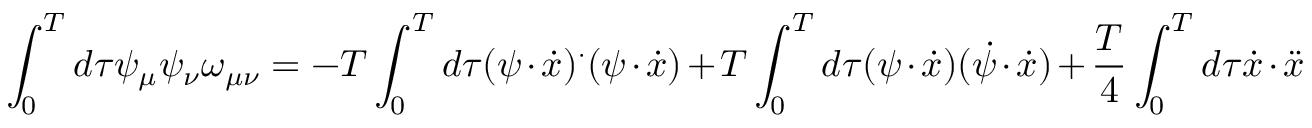
\int _ { 0 } ^ { T } d \tau \psi _ { \mu } \psi _ { \nu } \omega _ { \mu \nu } = - T \int _ { 0 } ^ { T } d \tau ( \psi \cdot \dot { x } ) ^ { \cdot } ( \psi \cdot \dot { x } ) + T \int _ { 0 } ^ { T } d \tau ( \psi \cdot \dot { x } ) ( \dot { \psi } \cdot \dot { x } ) + { \frac { T } { 4 } } \int _ { 0 } ^ { T } d \tau \dot { x } \cdot \ddot { x }